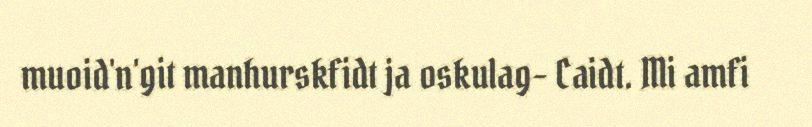
muoid'n'git manhurskfidt ja oskulag- Caidt. Mi amfi